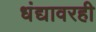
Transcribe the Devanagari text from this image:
धंद्यावरही